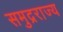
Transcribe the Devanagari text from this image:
समुद्रराज्य